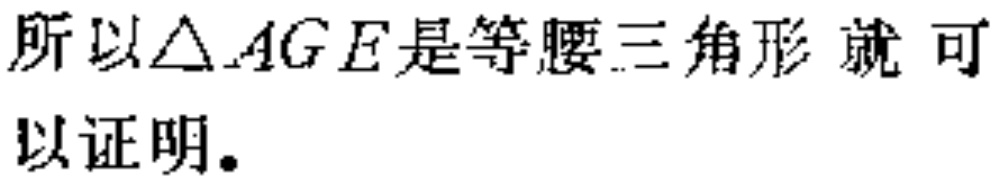
所以$\triangle AGE$是等腰三角形 就可以证明。